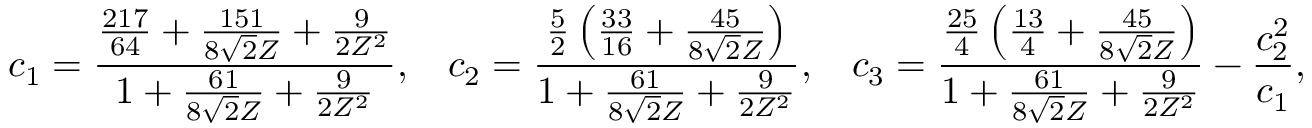
c _ { 1 } = \frac { \frac { 2 1 7 } { 6 4 } + \frac { 1 5 1 } { 8 \sqrt { 2 } Z } + \frac { 9 } { 2 Z ^ { 2 } } } { 1 + \frac { 6 1 } { 8 \sqrt { 2 } Z } + \frac { 9 } { 2 Z ^ { 2 } } } , \: \: \: \: c _ { 2 } = \frac { \frac { 5 } { 2 } \left( \frac { 3 3 } { 1 6 } + \frac { 4 5 } { 8 \sqrt { 2 } Z } \right) } { 1 + \frac { 6 1 } { 8 \sqrt { 2 } Z } + \frac { 9 } { 2 Z ^ { 2 } } } , \: \: \: \: c _ { 3 } = \frac { \frac { 2 5 } { 4 } \left( \frac { 1 3 } { 4 } + \frac { 4 5 } { 8 \sqrt { 2 } Z } \right) } { 1 + \frac { 6 1 } { 8 \sqrt { 2 } Z } + \frac { 9 } { 2 Z ^ { 2 } } } - \frac { c _ { 2 } ^ { 2 } } { c _ { 1 } } ,